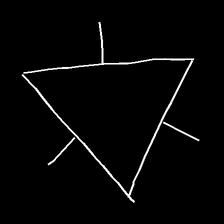
Glyph: fire